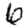
Digit: 6